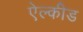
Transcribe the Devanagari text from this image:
ऐल्कीड